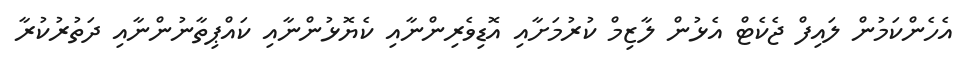
އެހެންކަމުން ލައިފް ޖެކެޓް އެޅުން ލާޒިމް ކުރުމަށާއި އޮޑިވެރިންނާއި ކެޔޮޅުންނާއި ކައްޕިތާނުންނާއި ދަތުރުކުރާ